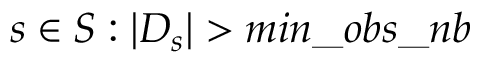
s \in S : | D _ { s } | > m i n \_ o b s \_ n b